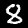
Digit: 8